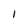
Character: 1